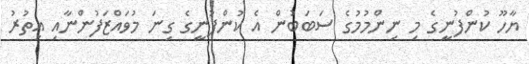
ޔާހޫ ކުންފުނީގެ މި ނިންމުމުގެ ސަބަބުން އެ ކުންފުނީގެ ގިނަ މުވައްޒަފުންނާއި އިތުރު